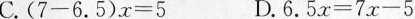
C.$$( 7 - 6.5 ) x=5$$ D.$$6.5 x=7 x - 5$$